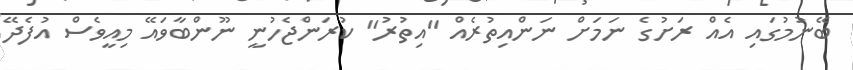
ބޭނުމުގައި އެއް ރަށުގެ ނަމަށް ނަންއިތުރެއް "އިތުރު" ކުރަންޖެހުނީ ނޫންބާވައޭ މިއީވެސް އުފެދޭ